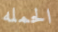
الحمله